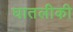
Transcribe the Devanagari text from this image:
घातलीकी